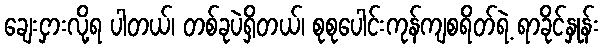
ချေးငှားလို့ရ ပါတယ်၊ တစ်ခုပဲရှိတယ်၊ စုစုပေါင်းကုန်ကျစရိတ်ရဲ့ ရာခိုင်နှုန်း